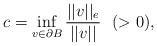
LaTeX: \begin{align*}c = \inf_{v\in \partial B}\frac{||v||_e}{||v||} \ \ (> 0),\end{align*}